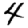
Digit: 4